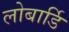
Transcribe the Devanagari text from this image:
लोबार्डि